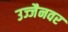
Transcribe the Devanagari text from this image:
उज्जैनवर